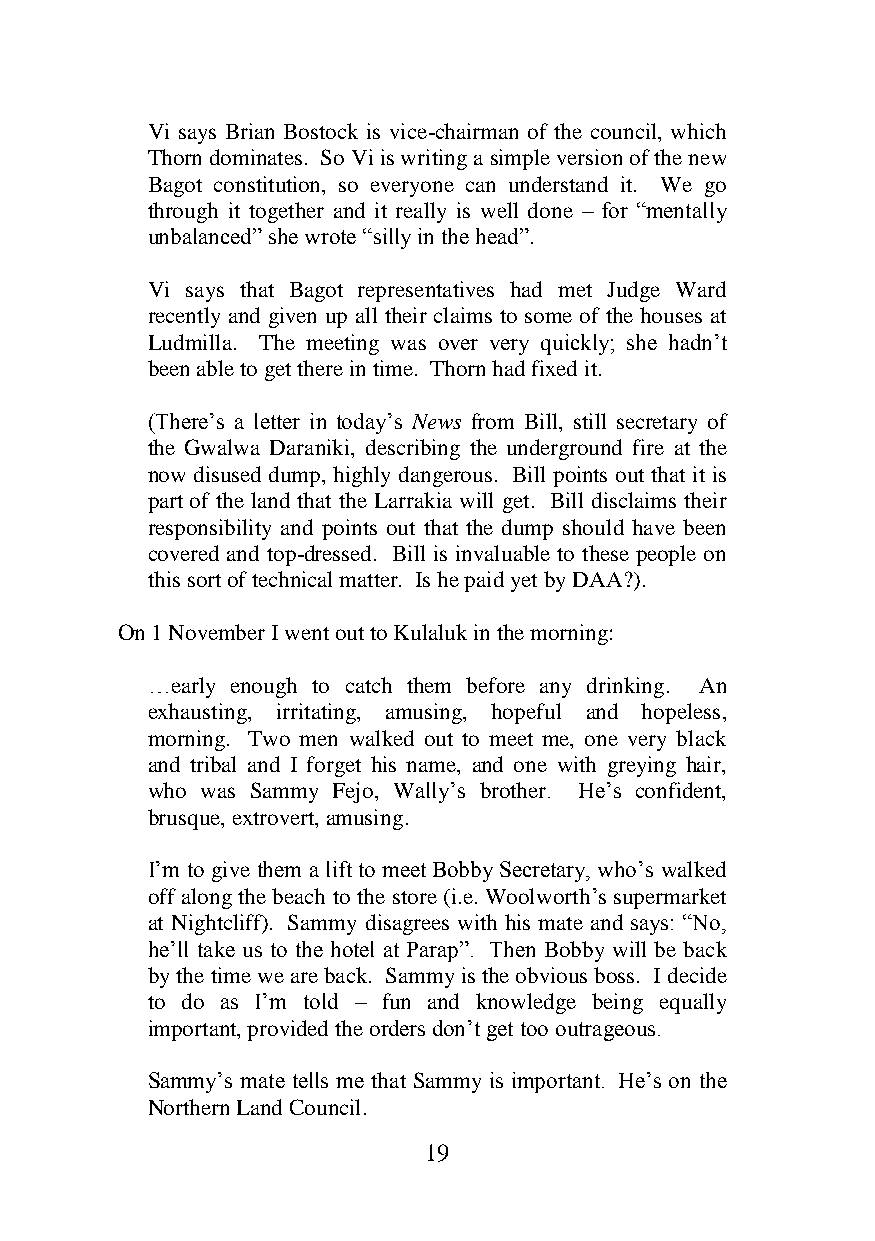
Vi says Brian Bostock is vice-chairman of the council, which
 Thorn dominates. So Vi is writing a simple version of the new
 Bagot constitution, so everyone can understand it. We go
 through it together and it really is well done – for “mentally
 unbalanced” she wrote “silly in the head”.
 Vi says that Bagot representatives had met Judge Ward
 recently and given up all their claims to some of the houses at
 Ludmilla. The meeting was over very quickly; she hadn’t
 been able to get there in time. Thorn had fixed it.
 (There’s a letter in today’s News from Bill, still secretary of
 the Gwalwa Daraniki, describing the underground fire at the
 now disused dump, highly dangerous. Bill points out that it is
 part of the land that the Larrakia will get. Bill disclaims their
 responsibility and points out that the dump should have been
 covered and top-dressed. Bill is invaluable to these people on
 this sort of technical matter. Is he paid yet by DAA?).
 On 1 November I went out to Kulaluk in the morning:
 …early enough to catch them before any drinking. An
 exhausting, irritating, amusing, hopeful and hopeless,
 morning. Two men walked out to meet me, one very black
 and tribal and I forget his name, and one with greying hair,
 who was Sammy Fejo, Wally’s brother. He’s confident,
 brusque, extrovert, amusing.
 I’m to give them a lift to meet Bobby Secretary, who’s walked
 off along the beach to the store (i.e. Woolworth’s supermarket
 at Nightcliff). Sammy disagrees with his mate and says: “No,
 he’ll take us to the hotel at Parap”. Then Bobby will be back
 by the time we are back. Sammy is the obvious boss. I decide
 to do as I’m told – fun and knowledge being equally
 important, provided the orders don’t get too outrageous.
 Sammy’s mate tells me that Sammy is important. He’s on the
 Northern Land Council.
 19